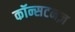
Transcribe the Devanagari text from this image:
कॉन्सटनज़